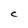
Character: C